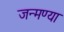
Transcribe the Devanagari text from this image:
जन्मण्या